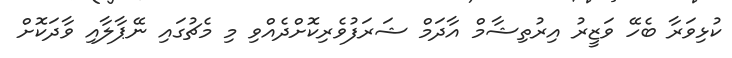
ކުޅިވަރާ ބެހޭ ވަޒީރު އިރުތިޝާމް އާދަމް ޝަރަފުވެރިކޮށްދެއްވި މި މެޗުގައި ނޭޕާލާއި ވާދަކޮށް